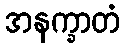
အနက္ခာတံ